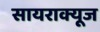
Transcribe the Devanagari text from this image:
सायराक्यूज